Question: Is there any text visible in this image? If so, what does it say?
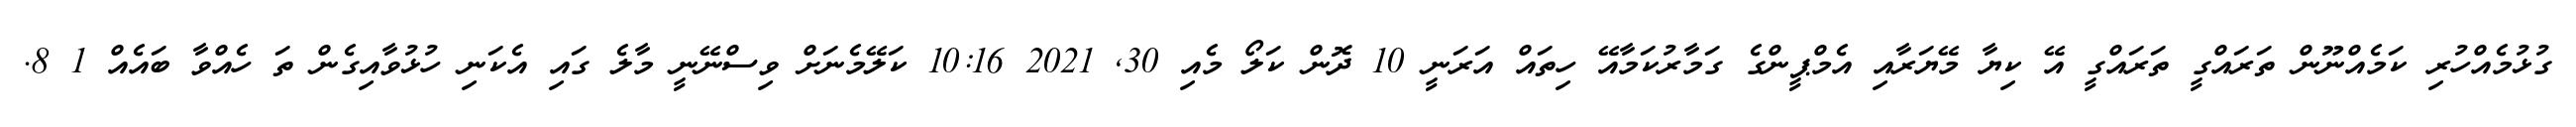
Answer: ގުޅުމެއްހުރި ކަމެއްނޫން ތަރައްގީ ތަރައްގީ އޭ ކިޔާ މޭޔަރާއި އެމްޕީންގެ ގަމާރުކަމާއޭ ހިތައް އަރަނީ 10 ދޮން ކަލޯ މެއި 30, 2021 10:16 ކަލޭމެނަށް ވިސްނޭނީ މާލެ ގައި އެކަނި ހުޅުވާއިގެން ތަ ހެއްވާ ބައެއް 1 8.